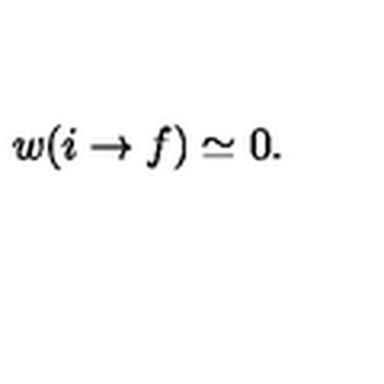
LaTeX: w ( i \rightarrow f ) \simeq 0 .